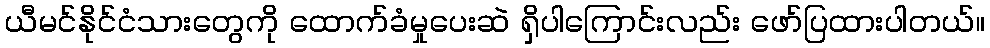
ယီမင်နိုင်ငံသားတွေကို ထောက်ခံမှုပေးဆဲ ရှိပါကြောင်းလည်း ဖော်ပြထားပါတယ်။